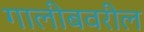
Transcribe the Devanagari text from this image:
गालीबवरील